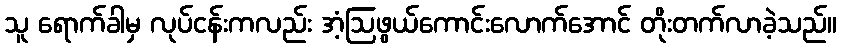
သူ ရောက်ခါမှ လုပ်ငန်းကလည်း အံ့ဩဖွယ်ကောင်းလောက်အောင် တိုးတက်လာခဲ့သည်။